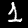
Digit: 1